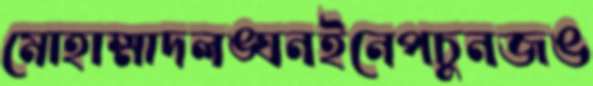
মোহাম্মাদলঙ্ঘনইনেপচুনজঙ